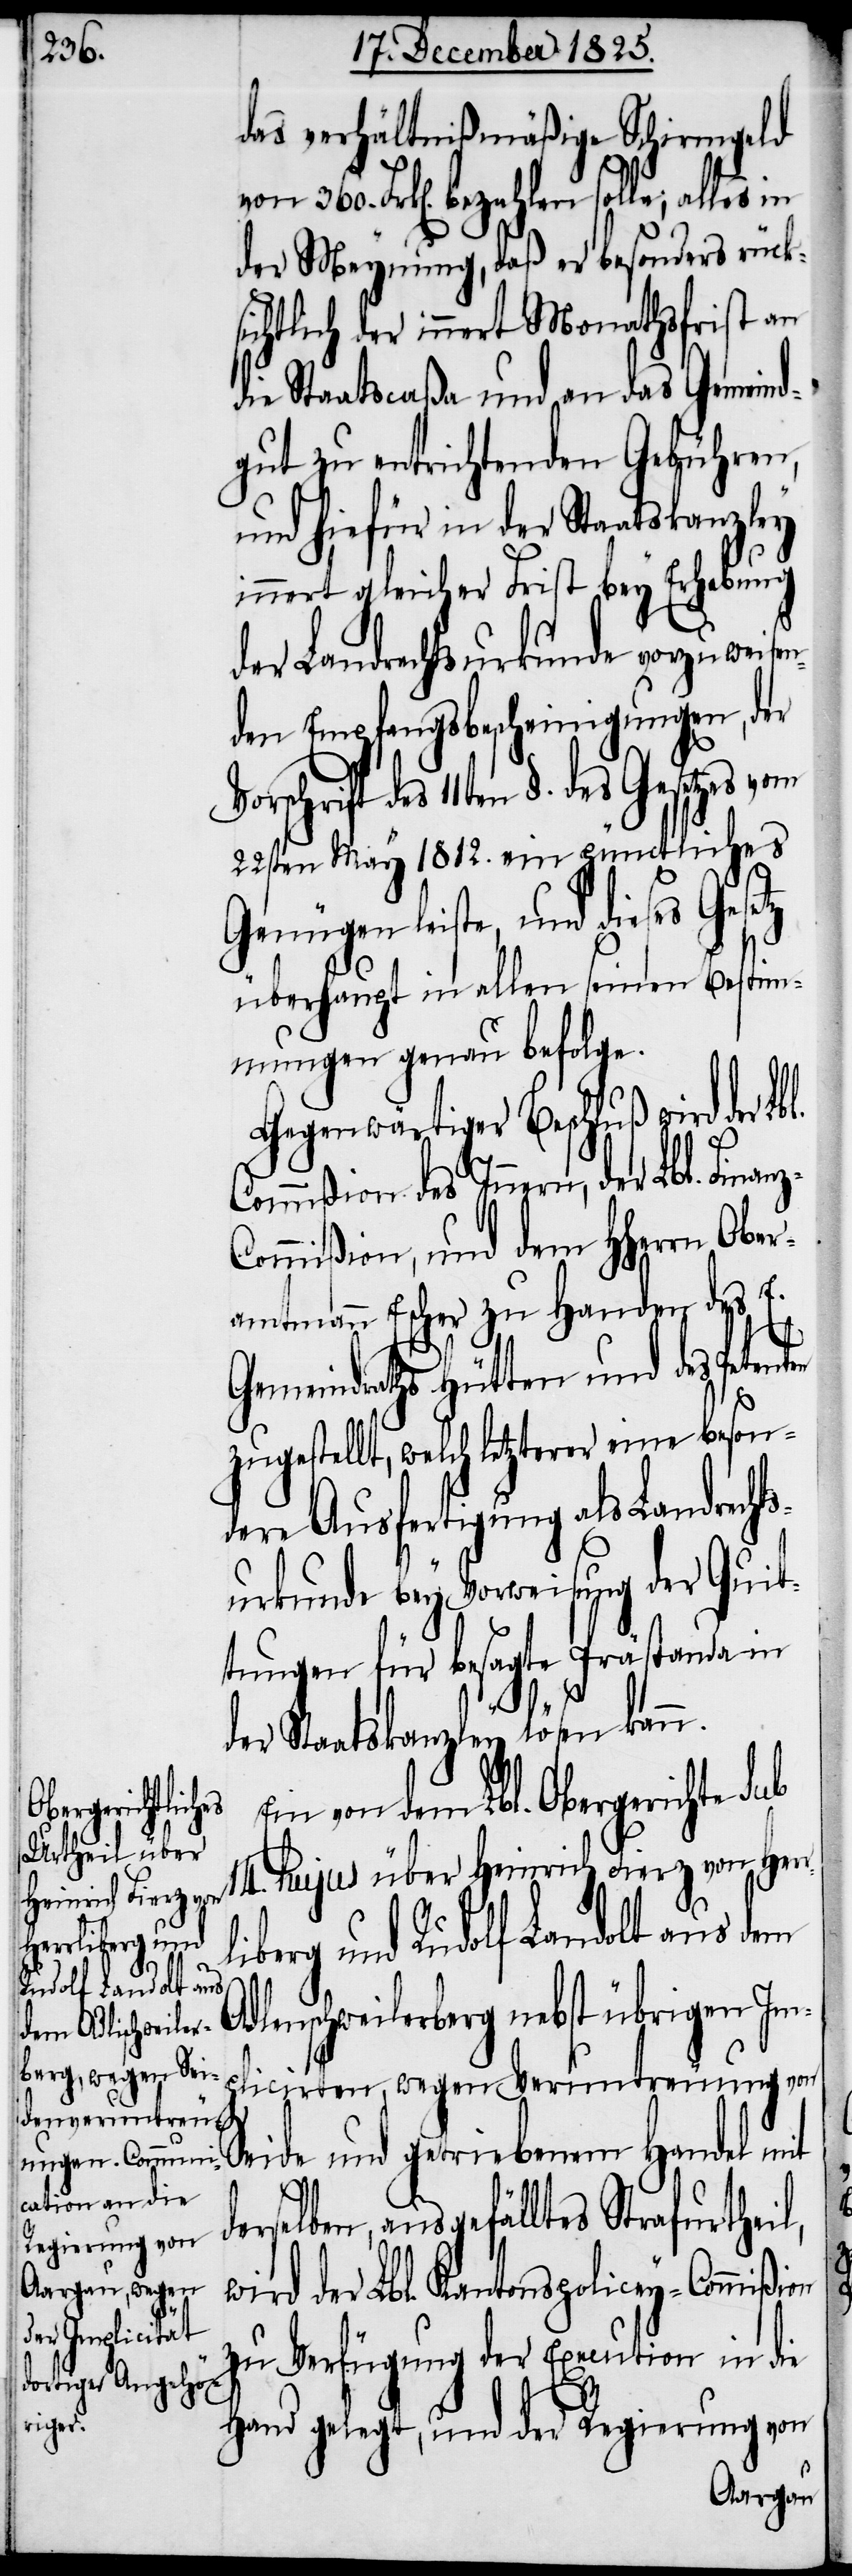
das verhältnißmäßige Schirmgeld
von 360. Frk[en]. bezahlen solle, alles in
der Meynung, daß er besonders rücks¬
ichtlich der innert Monathsfrist an
die Staatscaßa und an das Gemeind¬
gut zu entrichtenden Gebühren,
und hiefür in der Staatskanzley
innert gleicher Frist bey Erhebung
der Landrechtsurkunde vorzuweisen¬
den Empfangsbescheinigungen, der
Vorschrift des 11ten §. des Gesetzes vom
22sten May 1812. ein pünctliches
Genügen leiste, und dieses
überhaupt in allen seinen Bestim¬
mungen genau befolge.
Gegenwärtiger Beschluß wird der Lb¬
Commißion des Innern, der Lbl. Fin¬
ommißion, und dem HHerrn Obe¬
ramtmann Escher zu Handen des E.
Gemeindraths Hütten und des Pet¬
zugestellt, welch letzterer eine beson¬
dere Ausfertigung als Landrecht¬
surkunde bey Vorweisung der Quit¬
tungen für besagte Prästanda in
d¬
der Staatskanzley lösen kann.
Ein von dem Lbl. Obergerichte sub
14. hujus über Heinrich Fierz von Her¬
rliberg und
Rudolf Landolt aus
Adlenschweilerberg nebst übrigen Im¬
plicirten, wegen Veruntreuung von
Seide und getriebenem Handel mit
erselben, ausgefälltes Strafurtheil,
wird der Lbl. Kantonspolicey-Commißion
zu Verfügung der Execution in die
enten
Hand gelegt, und der Regierung von